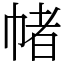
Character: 帾